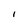
Character: I